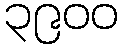
၃၉၀၀